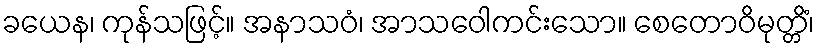
ခယေန၊ ကုန်သဖြင့်။ အနာသဝံ၊ အာသဝေါကင်းသော။ စေတောဝိမုတ္တိံ၊